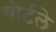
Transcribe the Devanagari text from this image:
वोर्टले